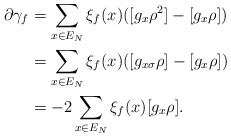
\begin{align*}\partial \gamma_f & = \sum_{x \in E_N} \xi_f(x) ([g_x \rho^2]-[g_x \rho])\\& = \sum_{x \in E_N} \xi_f(x) ([g_{x\sigma} \rho]-[g_x \rho])\\& = -2 \sum_{x \in E_N} \xi_f(x) [g_x \rho].\end{align*}